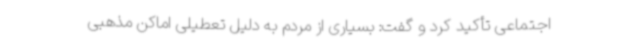
اجتماعی تأکید کرد و گفت: بسیاری از مردم به دلیل تعطیلی اماکن مذهبی